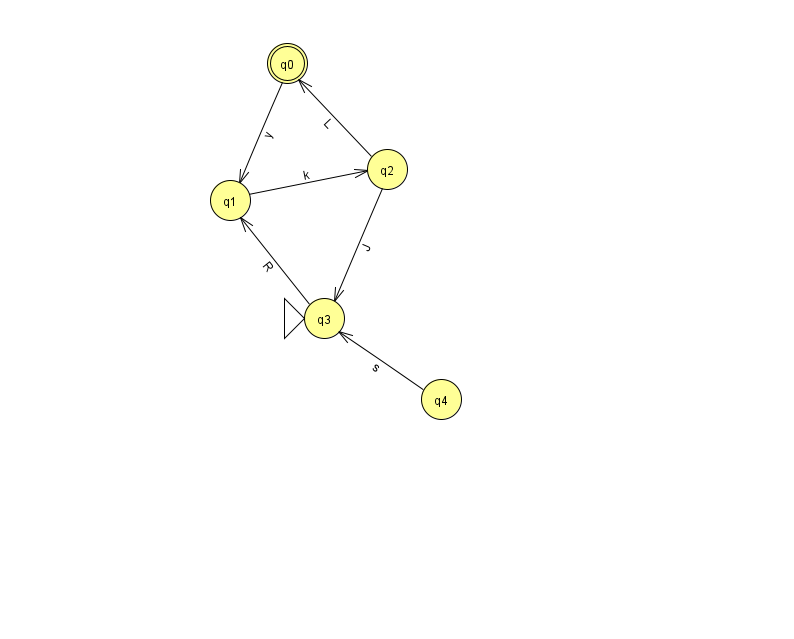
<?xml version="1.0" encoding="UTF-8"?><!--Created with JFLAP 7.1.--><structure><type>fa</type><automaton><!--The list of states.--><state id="0" name="q0"><x>287.0</x><y>50.0</y><final/></state><state id="1" name="q1"><x>230.0</x><y>187.0</y></state><state id="2" name="q2"><x>387.0</x><y>156.0</y></state><state id="3" name="q3"><x>324.0</x><y>305.0</y><initial/></state><state id="4" name="q4"><x>441.0</x><y>386.0</y></state><!--The list of transitions.--><transition><from>2</from><to>0</to><read>L</read></transition><transition><from>1</from><to>2</to><read>k</read></transition><transition><from>3</from><to>1</to><read>R</read></transition><transition><from>0</from><to>1</to><read>y</read></transition><transition><from>2</from><to>3</to><read>J</read></transition><transition><from>4</from><to>3</to><read>s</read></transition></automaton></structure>